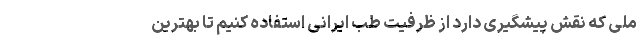
ملی که نقش پیشگیری دارد از ظرفیت طب ایرانی استفاده کنیم تا بهترین